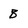
Character: B